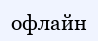
офлайн